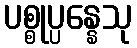
ပစ္စုပ္ပန္နေသု